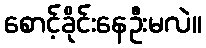
စောင့်ခိုင်းနေဦးမလဲ။